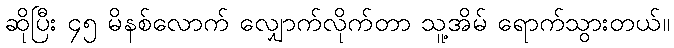
ဆိုပြီး ၄၅ မိနစ်လောက် လျှောက်လိုက်တာ သူ့အိမ် ရောက်သွားတယ်။